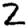
Digit: 2